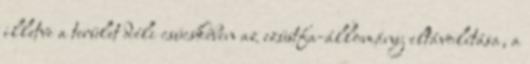
illetve a terület déli csücskében az ezüstfa-állomány eltávolítása, a